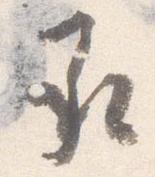
承